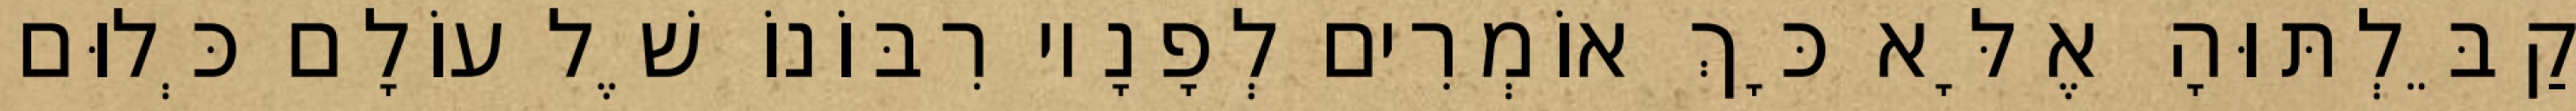
קַבֵּלְתּוּהָ אֶלָּא כָּךְ אוֹמְרִים לְפָנָיו רִבּוֹנוֹ שֶׁל עוֹלָם כְּלוּם